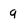
Character: q